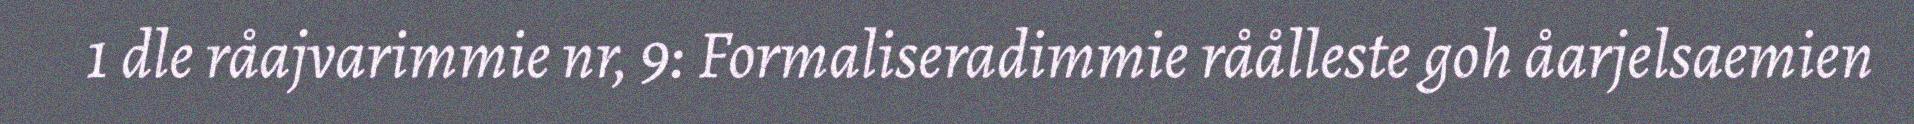
1 dle råajvarimmie nr, 9: Formaliseradimmie råålleste goh åarjelsaemien